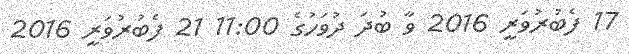
17 ފެބުރުވަރީ 2016 ވާ ބުދަ ދުވަހުގެ 11:00 21 ފެބުރުވަރީ 2016